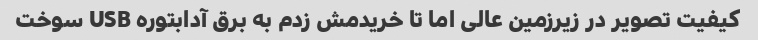
کیفیت تصویر در زیرزمین عالی اما تا خریدمش زدم به برق آدابتوره USB سوخت